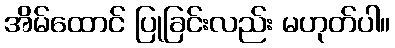
အိမ်ထောင် ပြုခြင်းလည်း မဟုတ်ပါ။